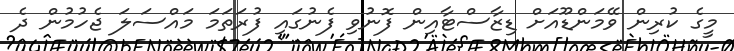
މީގެ ކުރިން ވޭމަންޑޫއަށް ޑިޒާސްޓާއިން ފޮނުވި ފެނުގައި ފުރަތަމަ މައްސަލަ ޖެހުމުން ދެ